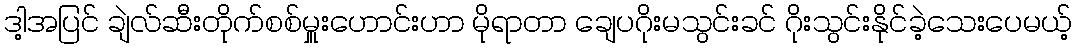
ဒါ့အပြင် ချဲလ်ဆီးတိုက်စစ်မှူးဟောင်းဟာ မိုရာတာ ချေပဂိုးမသွင်းခင် ဂိုးသွင်းနိုင်ခဲ့သေးပေမယ့်